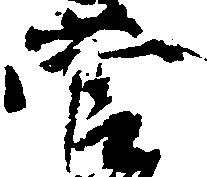
菅